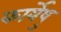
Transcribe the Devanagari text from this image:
कार्येषु